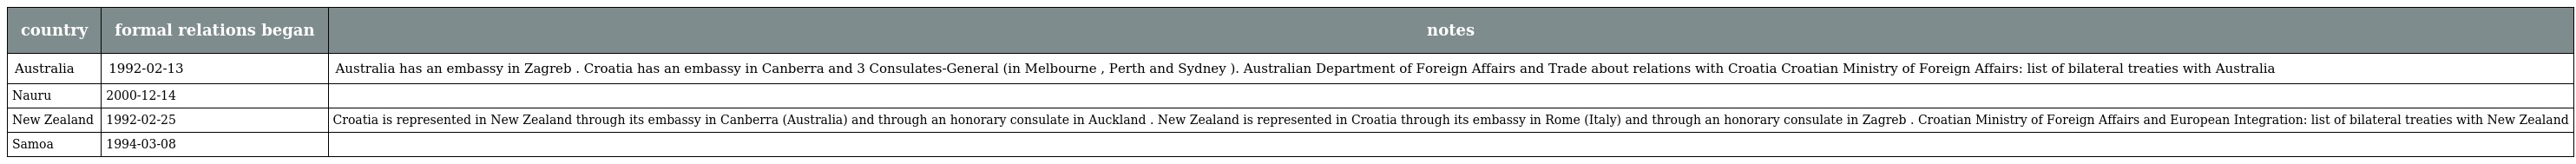
| country | formal relations began | notes |
 | --- | --- | --- |
 | Australia | 1992-02-13 | Australia has an embassy in Zagreb . Croatia has an embassy in Canberra and 3 Consulates-General (in Melbourne , Perth and Sydney ). Australian Department of Foreign Affairs and Trade about relations with Croatia Croatian Ministry of Foreign Affairs: list of bilateral treaties with Australia |
 | Nauru | 2000-12-14 |  |
 | New Zealand | 1992-02-25 | Croatia is represented in New Zealand through its embassy in Canberra (Australia) and through an honorary consulate in Auckland . New Zealand is represented in Croatia through its embassy in Rome (Italy) and through an honorary consulate in Zagreb . Croatian Ministry of Foreign Affairs and European Integration: list of bilateral treaties with New Zealand |
 | Samoa | 1994-03-08 |  |